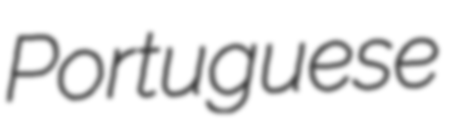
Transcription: Portuguese